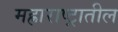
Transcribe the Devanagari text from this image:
मह्राराष्ट्रातील